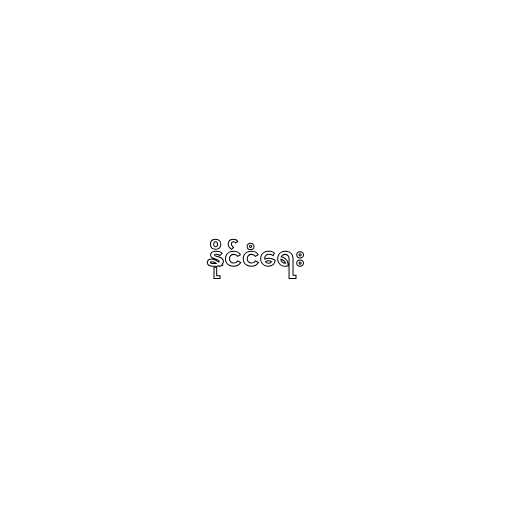
နိုင်ငံရေး